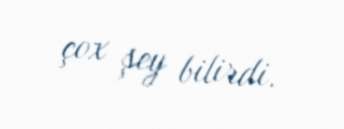
çox şey bilirdi.